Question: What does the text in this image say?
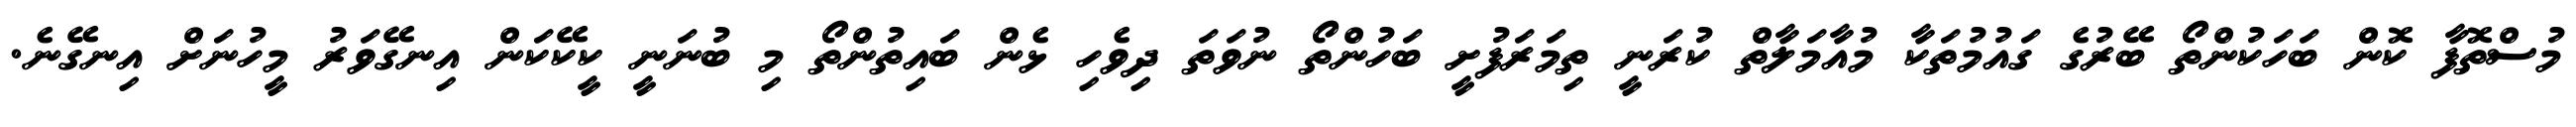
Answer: މުސްތޮފާ ކޮން ބަހަކުންތޯ ބޭރުގެ ގައުމުތަކާ މުއާމަލާތް ކުރަނީ ތިމަރަފުށީ ބަހުންތޯ ނުވަތަ ދިވެހި ޅެން ބައިތުންތޯ މި ބުނަނީ ކީކޭކަން އިނގޭވަރު މީހުނަށް އިނގޭނެ.